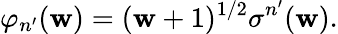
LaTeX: \varphi_{n^{\prime}}(\mathbf{w})=(\mathbf{w}+1)^{1/2}\sigma^{n^{\prime}}(\mathbf{w}).